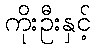
ကိုးဦးနှင့်